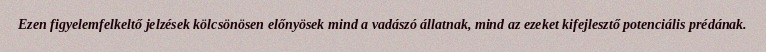
Ezen figyelemfelkeltő jelzések kölcsönösen előnyösek mind a vadászó állatnak, mind az ezeket kifejlesztő potenciális prédának.